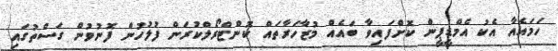
ހަމައެއާ އެކު އެމްޑީޕީން ކޮށްފައިވާ ބައެއް މުޒާހަރާތައް ކޮންޓްރޯލްކުރަން ފުލުހުން ފޮނުވުން ގަސްތުގައި